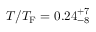
T / T _ { \mathrm { F } } = 0 . 2 4 _ { - 8 } ^ { + 7 }